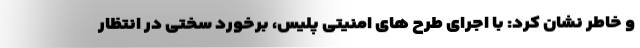
و خاطر نشان کرد: با اجرای طرح های امنیتی پلیس، برخورد سختی در انتظار